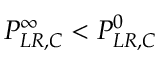
P _ { L R , C } ^ { \infty } < P _ { L R , C } ^ { 0 }